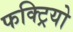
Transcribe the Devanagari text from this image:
फक्ट्रियो